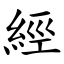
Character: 經